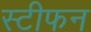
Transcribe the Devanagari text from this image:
स्‍टीफन